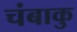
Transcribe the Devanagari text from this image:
चंबाकु